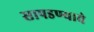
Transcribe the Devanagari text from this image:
सापडण्याचे